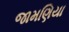
જામણિયા